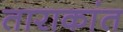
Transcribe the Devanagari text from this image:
ताराकांत